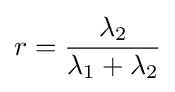
r={\dfrac {\lambda _{2}}{\lambda _{1}+\lambda _{2}}}